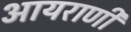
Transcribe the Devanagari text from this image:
आयराणी